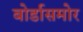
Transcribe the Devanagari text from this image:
बोर्डासमोर